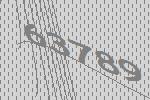
63789